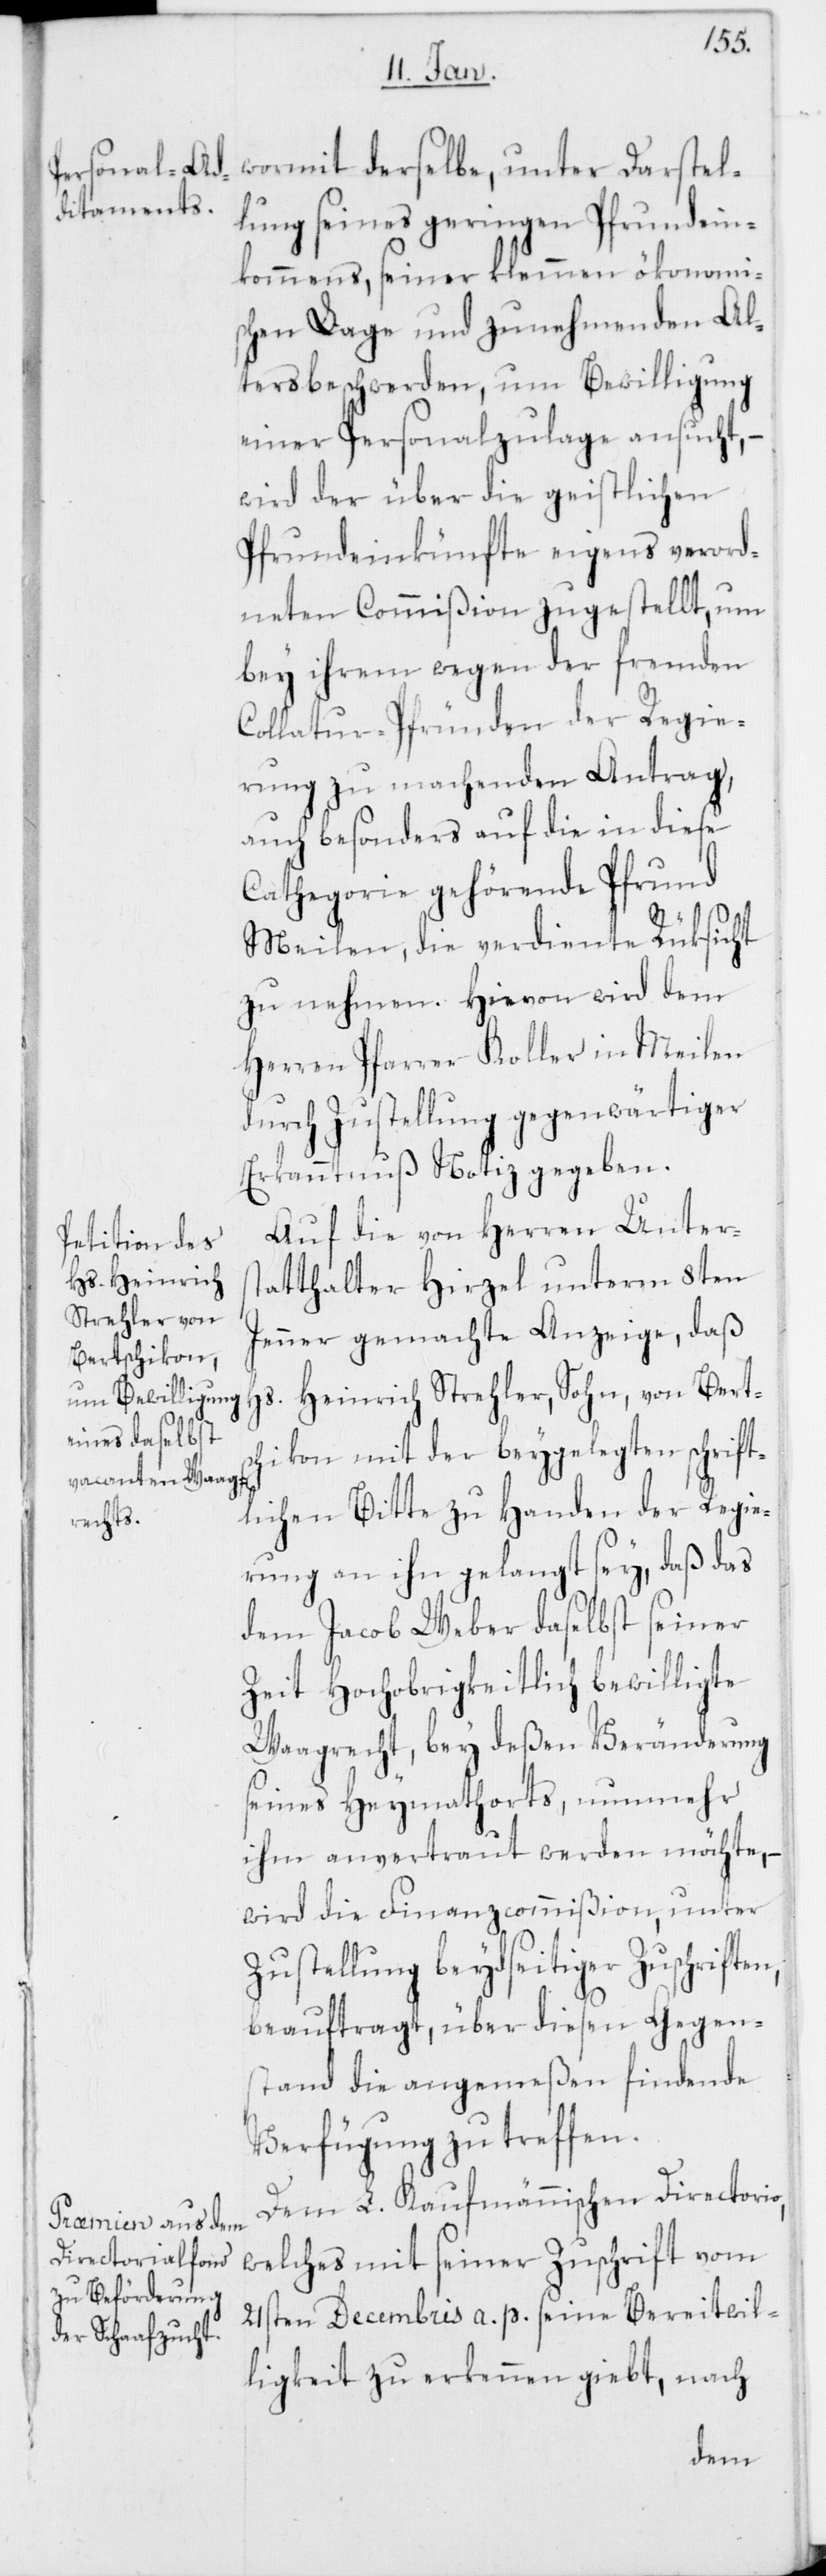
wormit derselbe, unter Darstel¬
lung seines geringen Pfrundein¬
kommens, seiner klemmen ökonomis¬
chen Lage und zunehmenden Al¬
tersbeschwerden, um Bewilligung
einer Personalzulage ansucht, –
wird der über die geistlichen
Pfrundeinkünfte eigens verord¬
neten Commißion zugestellt, um
bey ihrem wegen der fremden
Collatur-Pfründen der Regie¬
rung zu machenden Antrag,
auch besonders auf die in diese
Cathegorie gehörende Pfrund
Meilen, die verdiente Rüksicht
zu nehmen. Hievon wird dem
Herren Pfarrer Koller in Meilen
durch Zustellung gegenwärtiger
Erkanntnuß Notiz gegeben.
Auf die von Herren Unters¬
tatthalter Hirzel unterm 8ten
Jenner gemachte Anzeige, daß
Hs. Heinrich Strehler, Sohn, von Berts¬
chikon mit der beygelegten schrift¬
lichen Bitte zu Handen der Regie¬
rung an ihn gelangt sey, daß das
dem Jacob Weber daselbst seiner
Zeit Hochobrigkeitlich bewilligte
Waagrecht, bey deßen Veränderung
seines Heymathorts, nunmehr
ihm anvertraut werden möchte, –
wird die Finanzcommißion, unter
Zustellung beydseitiger Zuschriften,
beauftragt, über diesen Gegen¬
stand die angemeßen findende
Verfügung zu treffen.
Dem L. Kaufmännischen Directorio,
welches mit seiner Zuschrift vom
21sten Decembris a. p. seine Bereitwil¬
ligkeit zu erkennen giebt, nach